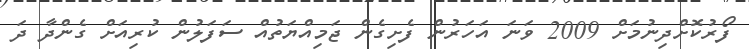
ފޯރުކޮށްދިނުމަށް 2009 ވަނަ އަހަރުން ފެށިގެން ޖަމިއްޔަތުއް ސަފަލުން ކުރިއަށް ގެންދާ ދަ